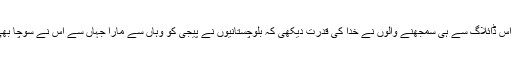
پیجی کے اس ڈائلاگ سے ہی سمجھنے والوں نے خدا کی قدرت دیکھی کہ بلوچستانیوں نے پیجی کو وہاں سے مارا جہاں سے اس نے سوچا بھی نہیں تھا۔